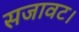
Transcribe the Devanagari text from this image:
सजावट।